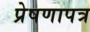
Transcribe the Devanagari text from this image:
प्रेषणापत्र